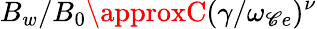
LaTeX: B_{w}/B_{0}\approxC(\gamma/\omega_{\mathscr{C}e})^{\nu}